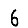
Digit: 6